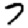
Digit: 7